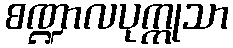
စဏ္ဍာလပုက္ကုသာ